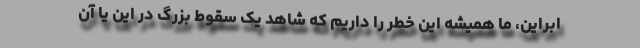
ابراین، ما همیشه این خطر را داریم که شاهد یک سقوط بزرگ در این یا آن